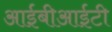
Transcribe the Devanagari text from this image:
आईबीआईटी